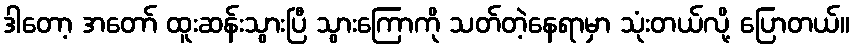
ဒါတော့ အတော် ထူးဆန်းသွားပြီ သွားကြောကို သတ်တဲ့နေရာမှာ သုံးတယ်လို့ ပြောတယ်။